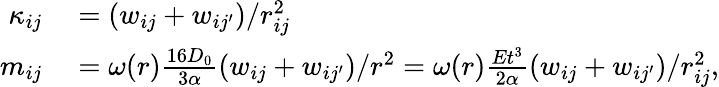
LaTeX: \begin{array}{rl}{\kappa_{ij}}&{{}=(w_{ij}+w_{ij^{\prime}})/r_{ij}^{2}}\\ {m_{ij}}&{{}=\omega(r)\frac{16D_{0}}{3\alpha}(w_{ij}+w_{ij^{\prime}})/r^{2}=\omega(r)\frac{Et^{3}}{2\alpha}(w_{ij}+w_{ij^{\prime}})/r_{ij}^{2},}\end{array}